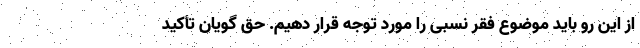
از این رو باید موضوع فقر نسبی را مورد توجه قرار دهیم. حق گویان تأکید